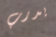
يدرب